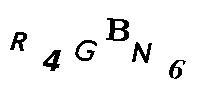
R4GBN6